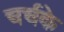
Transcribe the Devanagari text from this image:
चर्चके